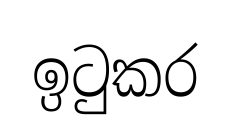
ඉටුකර